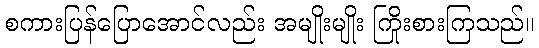
စကားပြန်ပြောအောင်လည်း အမျိုးမျိုး ကြိုးစားကြသည်။